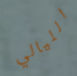
الليالي